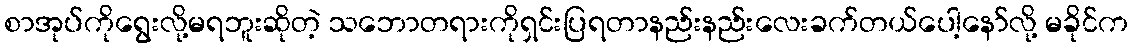
စာအုပ်ကိုရွေးလို့မရဘူးဆိုတဲ့ သဘောတရားကိုရှင်းပြရတာနည်းနည်းလေးခက်တယ်ပေါ့နော်လို့ မခိုင်က